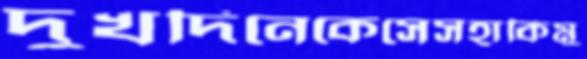
দুখদিনেকেসেসহাকিমু